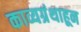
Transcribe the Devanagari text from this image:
काव्यग्रंथाहून